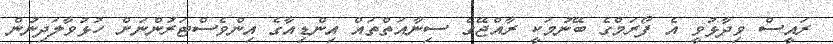
ރައީސް ވިދާޅުވީ އެ ފޯރަމްގެ ބޭނުމަކީ ރާއްޖޭގެ ސިނާއަތްތައް އިންޑިއާގެ އިންވެސްޓަރުންނަށް ހުޅުވާލަދިނުން